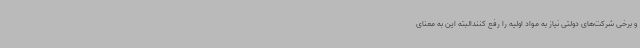
و برخی شرکت‌های دولتی نیاز به مواد اولیه را رفع کنندالبته این به معنای